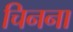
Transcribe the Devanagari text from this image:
चिनना